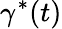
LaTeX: \gamma^{*}(t)